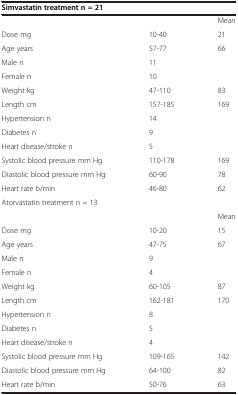
<table><thead><tr><td colspan="3"><b>Simvastatin treatment n = 21</b></td></tr></thead><tbody><tr><td> </td><td> </td><td>Mean</td></tr><tr><td>Dose mg</td><td>10-40</td><td>21</td></tr><tr><td>Age years</td><td>57-77</td><td>66</td></tr><tr><td>Male n</td><td>11</td><td> </td></tr><tr><td>Female n</td><td>10</td><td> </td></tr><tr><td>Weight kg</td><td>47-110</td><td>83</td></tr><tr><td>Length cm</td><td>157-185</td><td>169</td></tr><tr><td>Hypertension n</td><td>14</td><td> </td></tr><tr><td>Diabetes n</td><td>9</td><td> </td></tr><tr><td>Heart disease/stroke n</td><td>5</td><td> </td></tr><tr><td>Systolic blood pressure mm Hg</td><td>110-178</td><td>169</td></tr><tr><td>Diastolic blood pressure mm Hg</td><td>60-90</td><td>78</td></tr><tr><td>Heart rate b/min</td><td>46-80</td><td>62</td></tr><tr><td colspan="3">Atorvastatin treatment n = 13</td></tr><tr><td> </td><td> </td><td>Mean</td></tr><tr><td>Dose mg</td><td>10-20</td><td>15</td></tr><tr><td>Age years</td><td>47-75</td><td>67</td></tr><tr><td>Male n</td><td>9</td><td> </td></tr><tr><td>Female n</td><td>4</td><td> </td></tr><tr><td>Weight kg</td><td>60-105</td><td>87</td></tr><tr><td>Length cm</td><td>162-181</td><td>170</td></tr><tr><td>Hypertension n</td><td>8</td><td> </td></tr><tr><td>Diabetes n</td><td>5</td><td> </td></tr><tr><td>Heart disease/stroke n</td><td>4</td><td> </td></tr><tr><td>Systolic blood pressure mm Hg</td><td>109-165</td><td>142</td></tr><tr><td>Diastolic blood pressure mm Hg</td><td>64-100</td><td>82</td></tr><tr><td>Heart rate b/min</td><td>50-76</td><td>63</td></tr></tbody></table>